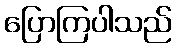
ပြောကြပါသည်